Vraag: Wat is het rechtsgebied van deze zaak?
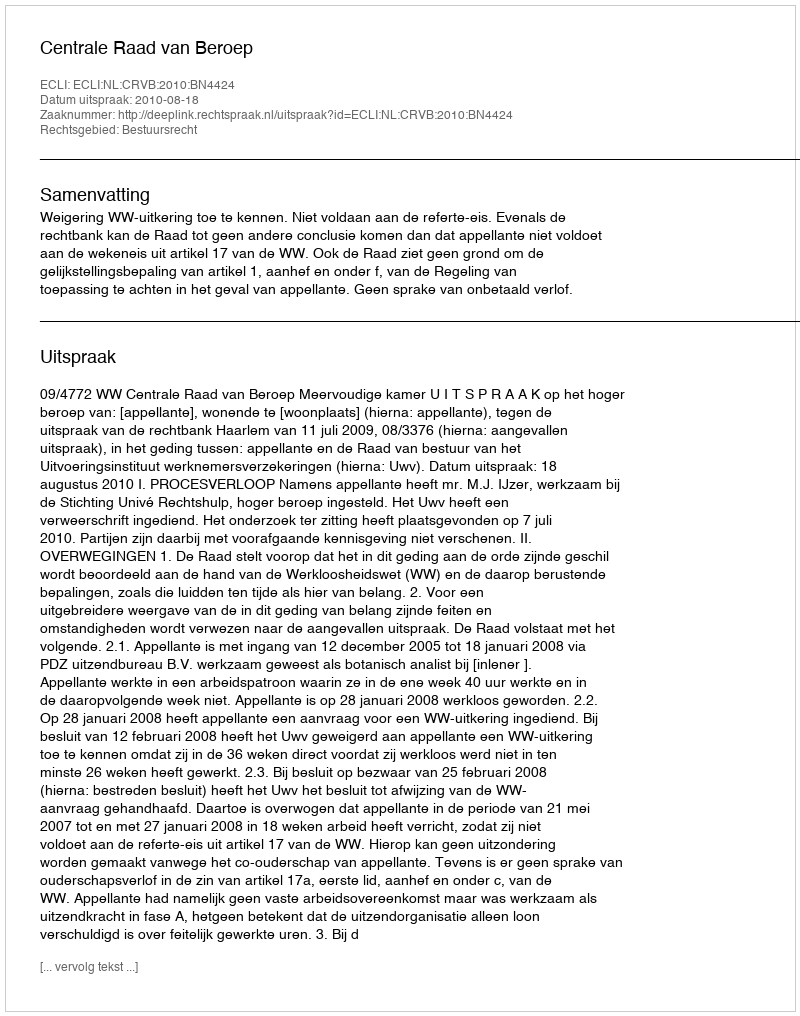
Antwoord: Bestuursrecht